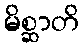
မိစ္ဆာတိ